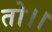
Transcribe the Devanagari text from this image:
तो।।